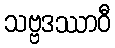
သဗ္ဗဒဿာဝီ